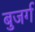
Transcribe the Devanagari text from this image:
बुजर्ग